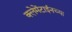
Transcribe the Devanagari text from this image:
क्लेमेंटाईनच्या